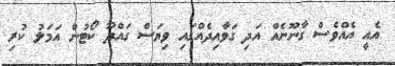
އެއީ އެއްވެސް ގާނޫނެއް އަދި ގަވާއިދެއްގައި ވިޔަސް ގައްދޫ ކޯޓުން އަމަލު ކުރި